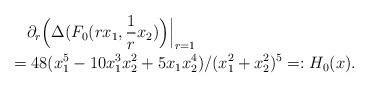
LaTeX: \begin{align*} &\partial_r \Bigl( \Delta(F_0(rx_1, \frac 1 r x_2) \Bigr) \Bigr|_{r=1} \\=&\; 48 (x_1^5 - 10 x_1^3 x_2^2 + 5 x_1 x_2^4)/(x_1^2 + x_2^2)^5 =:H_0(x).\end{align*}